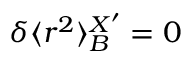
\delta \langle r ^ { 2 } \rangle _ { B } ^ { X ^ { \prime } } = 0